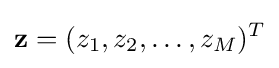
\mathbf {z} =(z_{1},z_{2},\ldots ,z_{M})^{T}